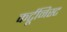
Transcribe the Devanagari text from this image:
कर्टूनिस्ट